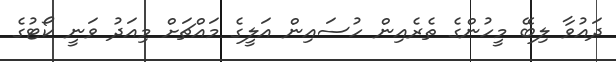
ދައުވާ ލިބޭ މީހުންގެ ތެރެއިން ހުސައިން އަލީގެ މައްޗަށް މިއަދު ވަނީ ކޯޓުގެ